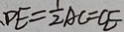
D E = \frac { 1 } { 2 } A C = C E